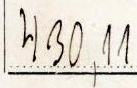
430,11